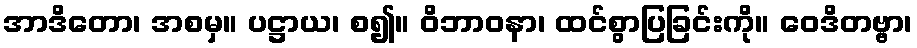
အာဒိတော၊ အစမှ။ ပဋ္ဌာယ၊ စ၍။ ဝိဘာဝနာ၊ ထင်စွာပြခြင်းကို။ ဝေဒိတဗ္ဗာ၊